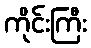
ကိုင်းကြီး